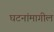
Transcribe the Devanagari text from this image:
घटनांमागील